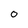
Character: 0